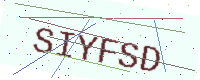
Text: SIYFSD